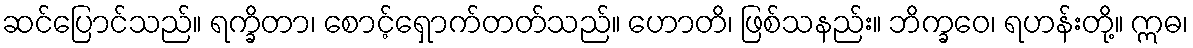
ဆင်ပြောင်သည်။ ရက္ခိတာ၊ စောင့်ရှောက်တတ်သည်။ ဟောတိ၊ ဖြစ်သနည်း။ ဘိက္ခဝေ၊ ရဟန်းတို့။ ဣဓ၊